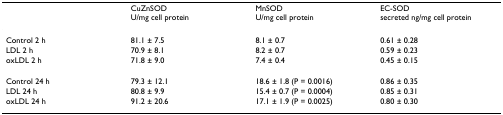
<table><thead><tr><td></td><td><b>CuZnSODU/mg cell protein</b></td><td><b>MnSODU/mg cell protein</b></td><td><b>EC-SODsecreted ng/mg cell protein</b></td></tr></thead><tbody><tr><td>Control 2 h</td><td>81.1 ± 7.5</td><td>8.1 ± 0.7</td><td>0.61 ± 0.28</td></tr><tr><td>LDL 2 h</td><td>70.9 ± 8.1</td><td>8.2 ± 0.7</td><td>0.59 ± 0.23</td></tr><tr><td>oxLDL 2 h</td><td>71.8 ± 9.0</td><td>7.4 ± 0.4</td><td>0.45 ± 0.15</td></tr><tr><td>Control 24 h</td><td>79.3 ± 12.1</td><td>18.6 ± 1.8 (P = 0.0016)</td><td>0.86 ± 0.35</td></tr><tr><td>LDL 24 h</td><td>80.8 ± 9.9</td><td>15.4 ± 0.7 (P = 0.0004)</td><td>0.85 ± 0.31</td></tr><tr><td>oxLDL 24 h</td><td>91.2 ± 20.6</td><td>17.1 ± 1.9 (P = 0.0025)</td><td>0.80 ± 0.30</td></tr></tbody></table>